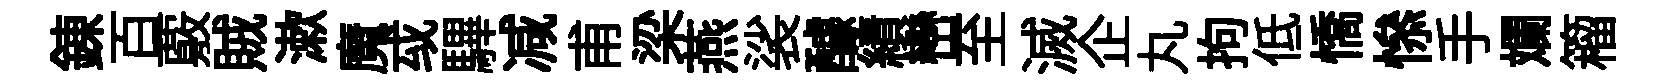
錬百覈賊漱魔㦯驆减甫梁燕裟醵績巒至滅企丸拘低憍𢡖手斕籕